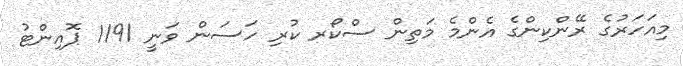
މިއަހަރުގެ ރޭންކިންގެ އެންމެ މަތިން ސްކޯރ ކުރި ހަސަން ވަނީ 1191 ޕޮއިންޓު